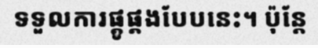
ទទួលការផ្គូផ្គងបែបនេះ។ ប៉ុន្តែ